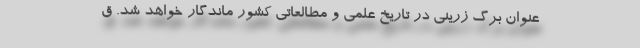
عنوان برگ زرینی در تاریخ علمی و مطالعاتی کشور ماندگار خواهد شد. ق